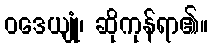
ဝဒေယျုံ၊ ဆိုကုန်ရာ၏။